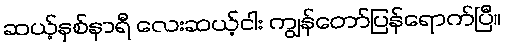
ဆယ့်နှစ်နာရီ လေးဆယ့်ငါး ကျွန်တော်ပြန်ရောက်ပြီ။